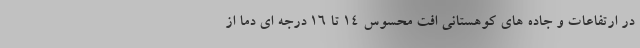
در ارتفاعات و جاده های کوهستانی افت محسوس 14 تا 16 درجه ای دما از